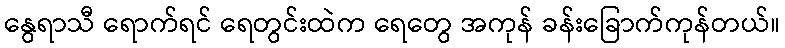
နွေရာသီ ရောက်ရင် ရေတွင်းထဲက ရေတွေ အကုန် ခန်းခြောက်ကုန်တယ်။